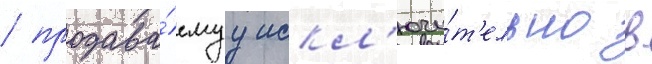
/ продава́емуу искл'ючи́т'ельно в